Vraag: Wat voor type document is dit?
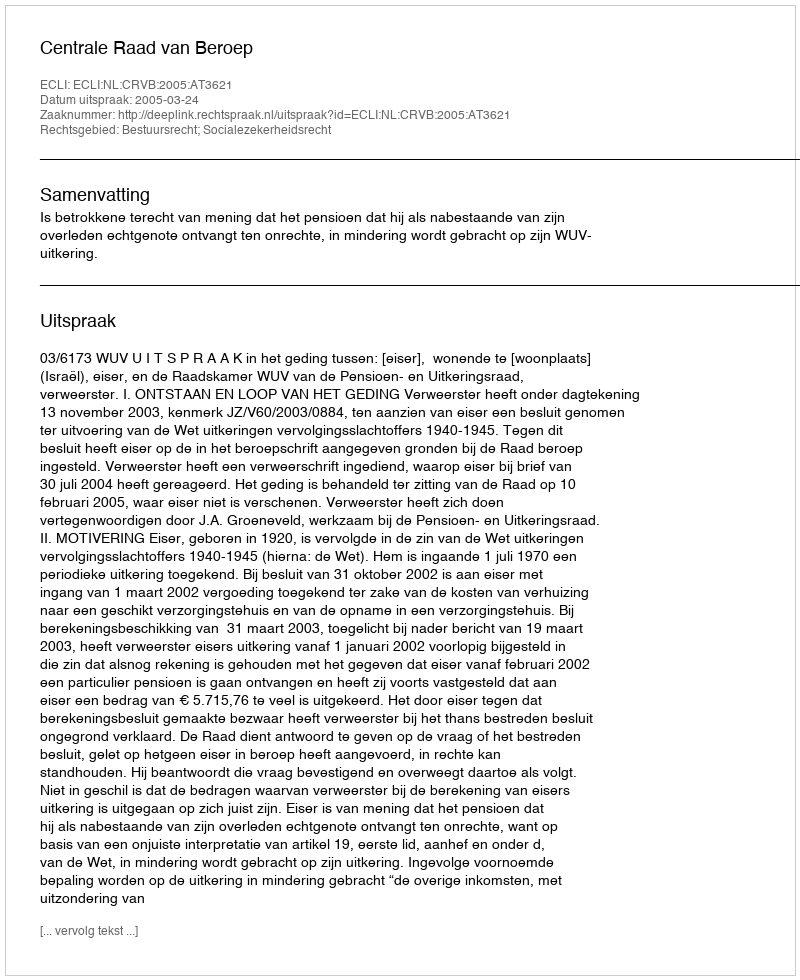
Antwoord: Uitspraak